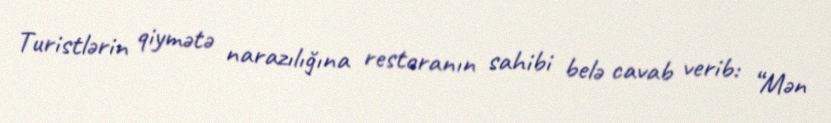
Turistlərin qiymətə narazılığına restoranın sahibi belə cavab verib: “Mən